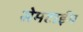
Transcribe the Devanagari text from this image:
सेमटाईम